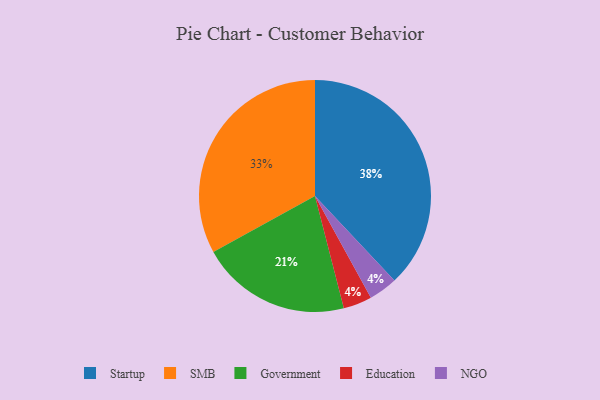
{"axis": {"x": "Category", "y": "Percentage"}, "legend": ["Education", "Government", "NGO", "SMB", "Startup"], "data": [{"x": "Education", "y": 4, "type": "Education"}, {"x": "NGO", "y": 4, "type": "NGO"}, {"x": "Government", "y": 21, "type": "Government"}, {"x": "Startup", "y": 38, "type": "Startup"}, {"x": "SMB", "y": 33, "type": "SMB"}]}